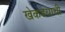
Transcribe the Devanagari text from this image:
खेकडयाची